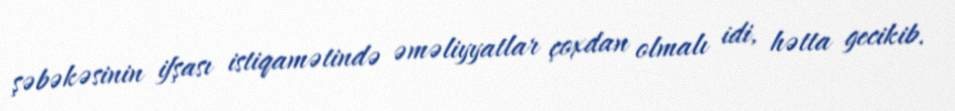
şəbəkəsinin ifşası istiqamətində əməliyyatlar çoxdan olmalı idi, hətta gecikib.